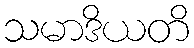
သမာဒိယတိ